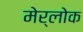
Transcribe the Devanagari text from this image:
मेर्लोक